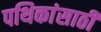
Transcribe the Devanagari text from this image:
पथिकांसाठी